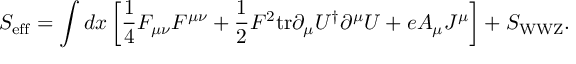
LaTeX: S _ { \mathrm { e f f } } = \int d x \left[ { \frac { 1 } { 4 } } F _ { \mu \nu } F ^ { \mu \nu } + { \frac { 1 } { 2 } } F ^ { 2 } \mathrm { t r } \partial _ { \mu } U ^ { \dagger } \partial ^ { \mu } U + e A _ { \mu } J ^ { \mu } \right] + S _ { \mathrm { W W Z } } .